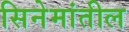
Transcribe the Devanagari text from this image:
सिनेमांतील